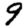
Digit: 9